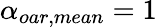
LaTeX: \alpha_{oar,mean}=1